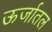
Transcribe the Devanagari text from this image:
ऊर्जातल